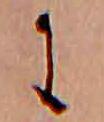
に